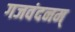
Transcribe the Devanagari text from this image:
गजवंदनम्